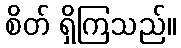
စိတ် ရှိကြသည်။